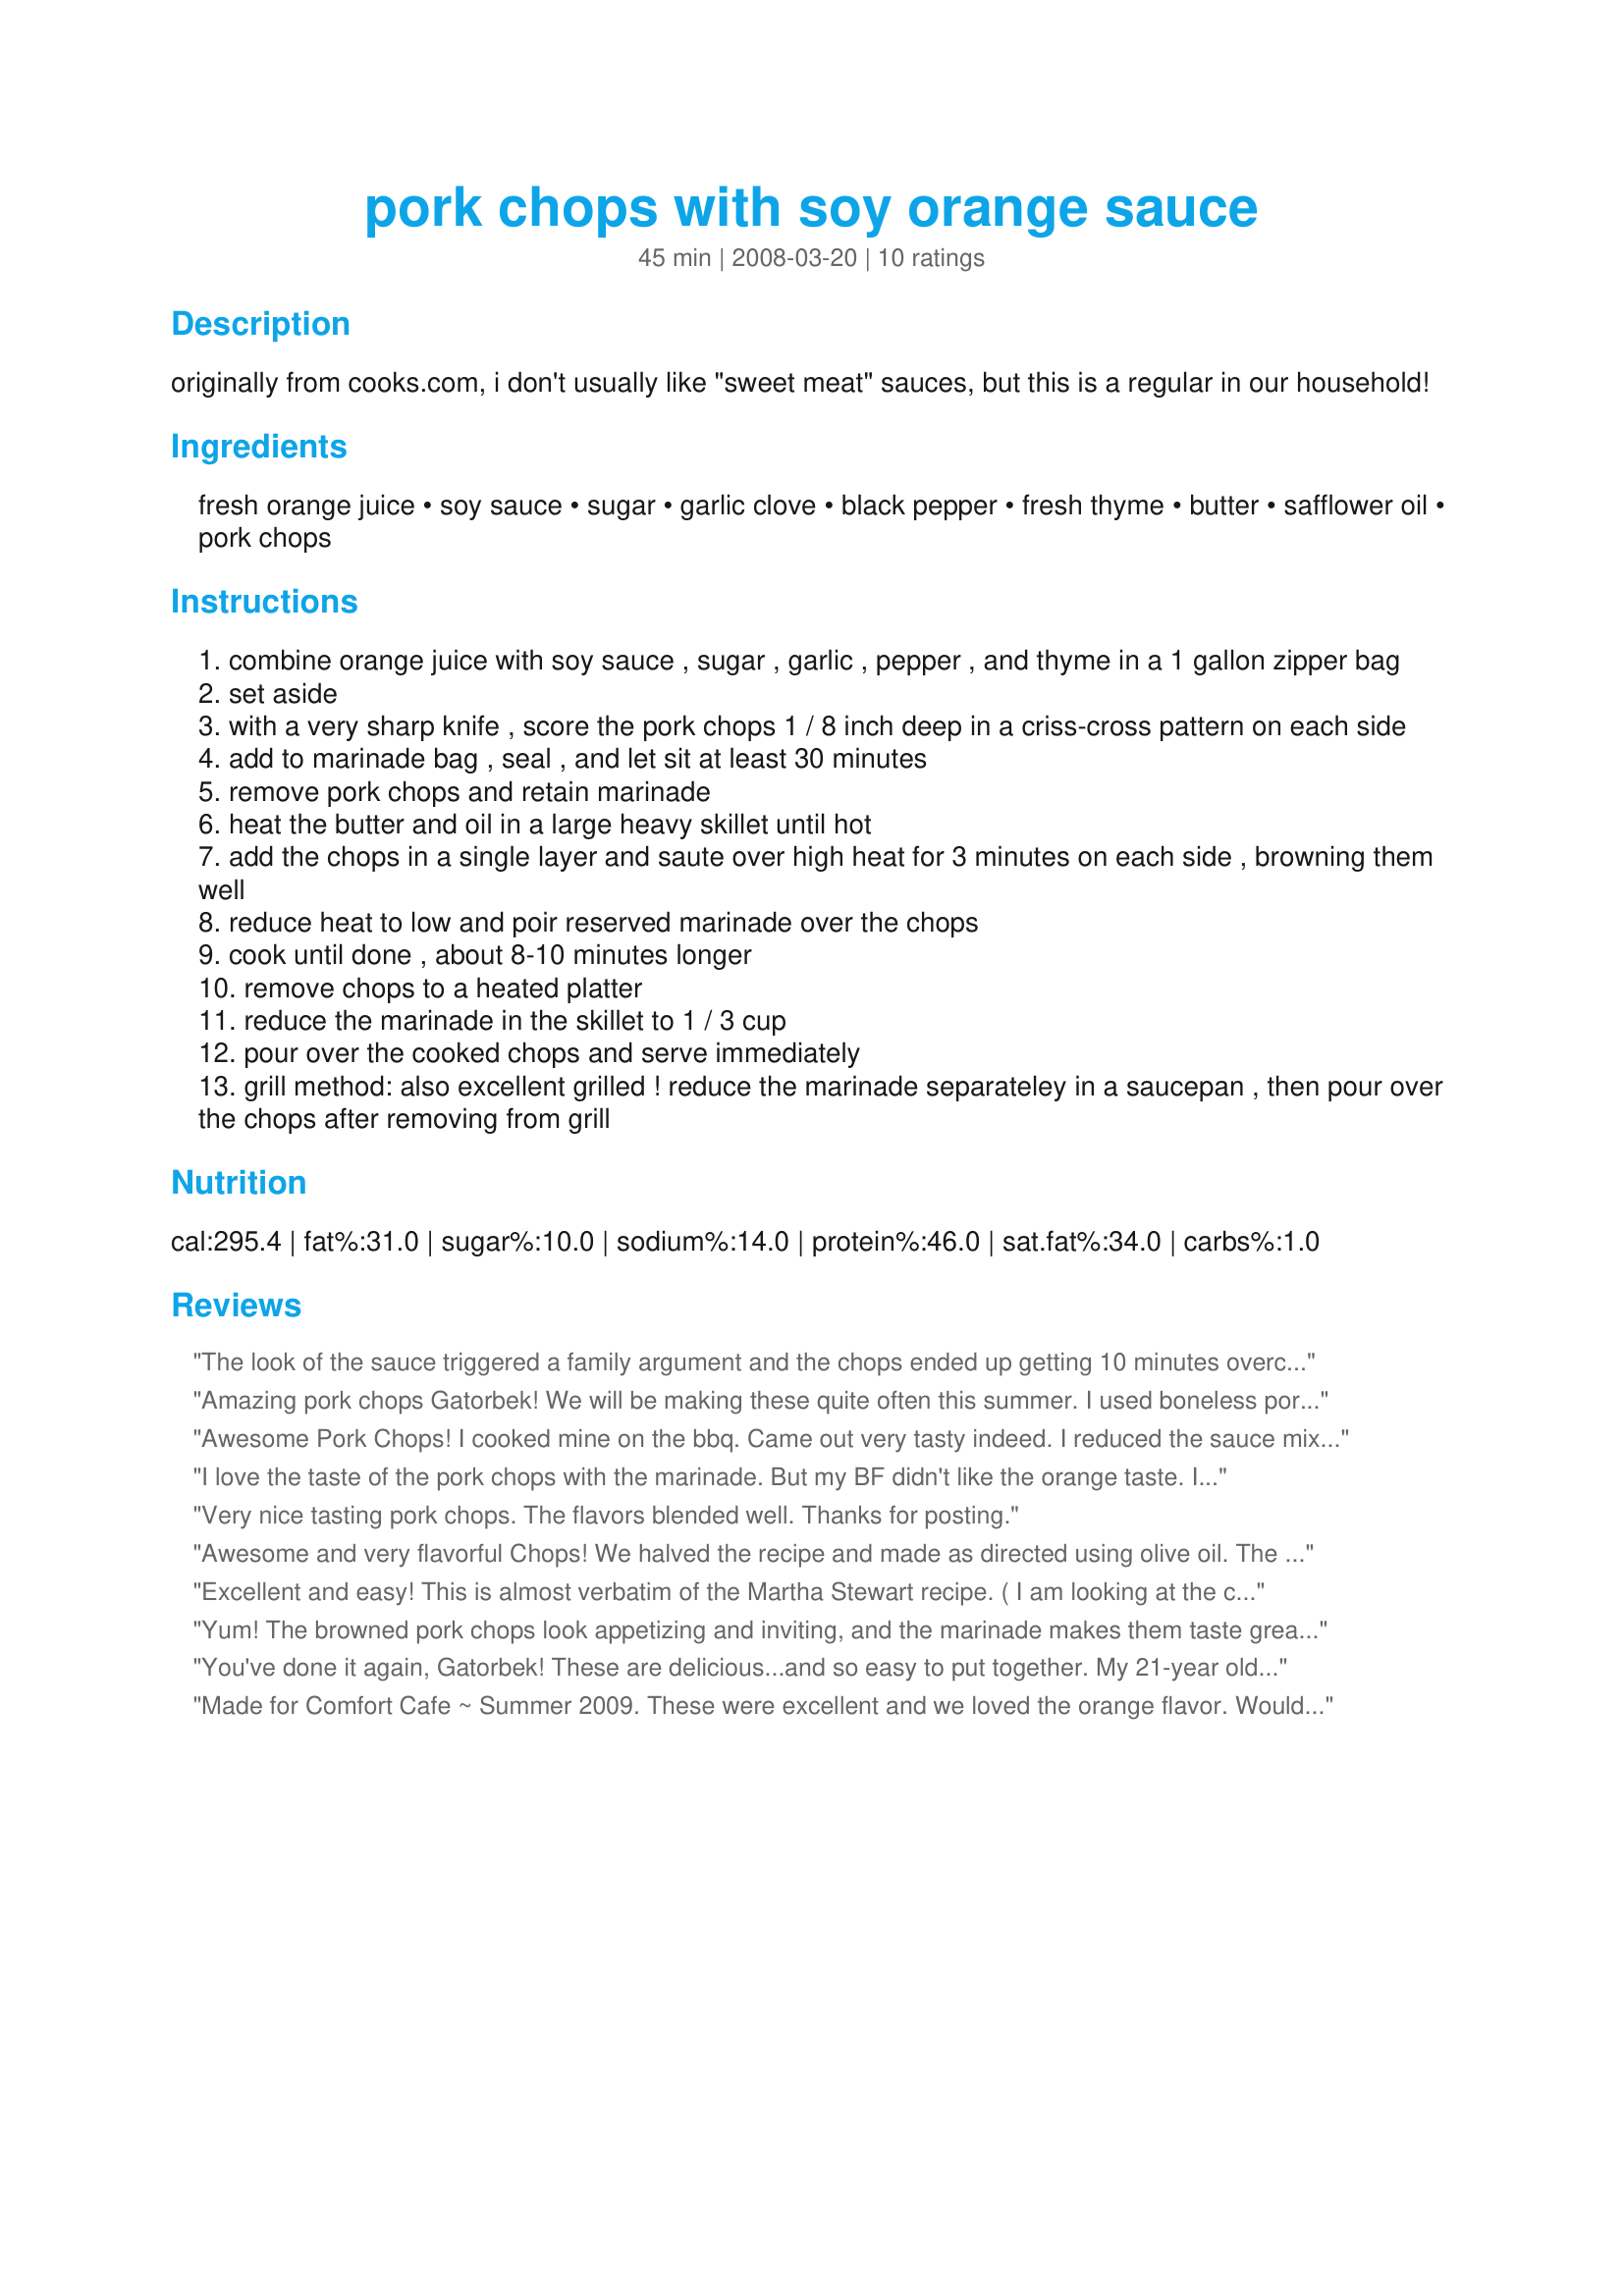
pork chops with soy orange sauce
Preparation time: 45 minutes

originally from cooks.com, i don't usually like "sweet meat" sauces, but this is a regular in our household!

Ingredients:
fresh orange juice, soy sauce, sugar, garlic clove, black pepper, fresh thyme, butter, safflower oil, pork chops

Steps:
combine orange juice with soy sauce , sugar , garlic , pepper , and thyme in a 1 gallon zipper bag
set aside
with a very sharp knife , score the pork chops 1 / 8 inch deep in a criss-cross pattern on each side
add to marinade bag , seal , and let sit at least 30 minutes
remove pork chops and retain marinade
heat the butter and oil in a large heavy skillet until hot
add the chops in a single layer and saute over high heat for 3 minutes on each side , browning them well
reduce heat to low and poir reserved marinade over the chops
cook until done , about 8-10 minutes longer
remove chops to a heated platter
reduce the marinade in the skillet to 1 / 3 cup
pour over the cooked chops and serve immediately
grill method: also excellent grilled ! reduce the marinade separateley in a saucepan , then pour over the chops after removing from grill

Reviews:
The look of the sauce triggered a family argument and the chops ended up getting 10 minutes overcooked while we fought. Would not cook this, or anything else, for those monsters again.
Amazing pork chops Gatorbek! We will be making these quite often this summer. I used boneless pork chops and marinaded overnight. DH did intend to grill them but we ran out of gas so back in the house the chops went. Cooked them in my electric skillet and they were very, very good! The marinade flavor is so good, orange juice, soy sauce, thyme, and garlic, wonderful!
Awesome Pork Chops! I cooked mine on the bbq. Came out very tasty indeed. I reduced the sauce mixture down to a nice glaze. Poured over the chops and it gave a really nice presentation to the dish. I didn't find that the sauce was overly sweet nor did I taste to much orange. Very, very good. A must try. Thanks Gartorbek for posting.
I love the taste of the pork chops with the marinade. But my BF didn't like the orange taste. I did half the recipe so didn't have enough sauce to put on the pork chops. Thanks Gatorbek :) Made for Newest Zaar Tag.
Very nice tasting pork chops. The flavors blended well. Thanks for posting.
Awesome and very flavorful Chops! We halved the recipe and made as directed using olive oil. The sauce is perfect. Will definitely be making these again.
Excellent and easy! This is almost verbatim of the Martha Stewart recipe. ( I am looking at the cookbook as I type because I was gonna post it.) I have been making this since 1994. ( wrote that down in the cookbook lol) I only do 4 chops as there is only 2 of us and that way we have plenty of the sauce. Sometimes I even the double the sauce cuz we love it so so much! I also use 2 cloves of garlic and 3 T. of the soy sauce, we like it more on the savory side, rather than the sweet. Grilled or done on the stove-top, this is very delish! Thanks for posting Gatorbek.
Yum! The browned pork chops look appetizing and inviting, and the marinade makes them taste great. Better yet, a snap to put together. Thanks, Gatorbek, for sharing one of your favorites. This will become a staple at our house as well.
You've done it again, Gatorbek! These are delicious...and so easy to put together. My 21-year old son said they were the best-tasting pork chops he'd ever had. Said to let him know whenever they're on the menu so he can invite himself for dinner! :)
Thanks again!
Made for Comfort Cafe ~ Summer 2009. These were excellent and we loved the orange flavor. Would like to have grilled them but we were short on time (use charcoal and you know how long that takes! LOL!). Used boneless pork loin chops and thickened the sauce with a little bit of cornstarch. Thanks for a yummy recipe Gatorbek!
